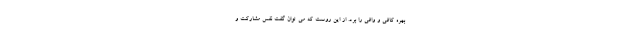
بهره کافی و وافی را برد. از این روست که می توان گفت نفس مشارکت و